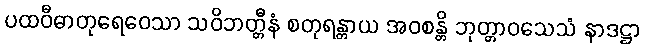
ပထဝီဓာတုရေဝေသာ သဝိဘတ္တီနံ စတုရန္တာယ အဝစန္တိ ဘုတ္တာဝသေသံ နာဒဋ္ဌာ